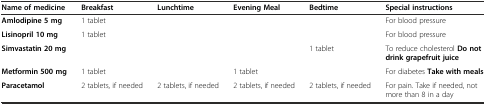
<table><thead><tr><td><b>Name of medicine</b></td><td><b>Breakfast</b></td><td><b>Lunchtime</b></td><td><b>Evening Meal</b></td><td><b>Bedtime</b></td><td><b>Special instructions</b></td></tr></thead><tbody><tr><td><b>Amlodipine 5 mg</b></td><td>1 tablet</td><td></td><td></td><td></td><td>For blood pressure</td></tr><tr><td><b>Lisinopril 10 mg</b></td><td>1 tablet</td><td></td><td></td><td></td><td>For blood pressure</td></tr><tr><td><b>Simvastatin 20 mg</b></td><td></td><td></td><td></td><td>1 tablet</td><td>To reduce cholesterol <b>Do not drink grapefruit juice</b></td></tr><tr><td><b>Metformin 500 mg</b></td><td>1 tablet</td><td></td><td>1 tablet</td><td></td><td>For diabetes <b>Take with meals</b></td></tr><tr><td><b>Paracetamol</b></td><td>2 tablets, if needed</td><td>2 tablets, if needed</td><td>2 tablets, if needed</td><td>2 tablets, if needed</td><td>For pain. Take if needed, not more than 8 in a day</td></tr></tbody></table>